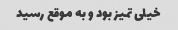
خیلی تمیز بود و به موقع رسید